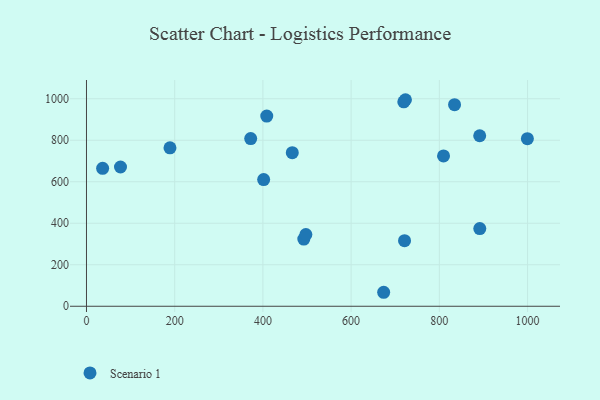
{"axis": {"x": "Engine Size", "y": "Salary"}, "legend": ["Scenario 1"], "data": [{"x": "721.1", "y": 316.3, "type": "Scenario 1"}, {"x": "999.6", "y": 807.6, "type": "Scenario 1"}, {"x": "891.5", "y": 821.6, "type": "Scenario 1"}, {"x": "408.7", "y": 916.3, "type": "Scenario 1"}, {"x": "809.5", "y": 724.4, "type": "Scenario 1"}, {"x": "834.5", "y": 971.3, "type": "Scenario 1"}, {"x": "719.4", "y": 985.1, "type": "Scenario 1"}, {"x": "492.7", "y": 323.6, "type": "Scenario 1"}, {"x": "497.4", "y": 345.8, "type": "Scenario 1"}, {"x": "77.1", "y": 671.1, "type": "Scenario 1"}, {"x": "401.7", "y": 610.4, "type": "Scenario 1"}, {"x": "372.3", "y": 808.2, "type": "Scenario 1"}, {"x": "673.8", "y": 67.4, "type": "Scenario 1"}, {"x": "36.6", "y": 664.6, "type": "Scenario 1"}, {"x": "891.7", "y": 374.3, "type": "Scenario 1"}, {"x": "466.6", "y": 740.1, "type": "Scenario 1"}, {"x": "189.3", "y": 763.3, "type": "Scenario 1"}, {"x": "723.2", "y": 995.3, "type": "Scenario 1"}]}